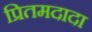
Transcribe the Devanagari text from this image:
प्रितमदादा